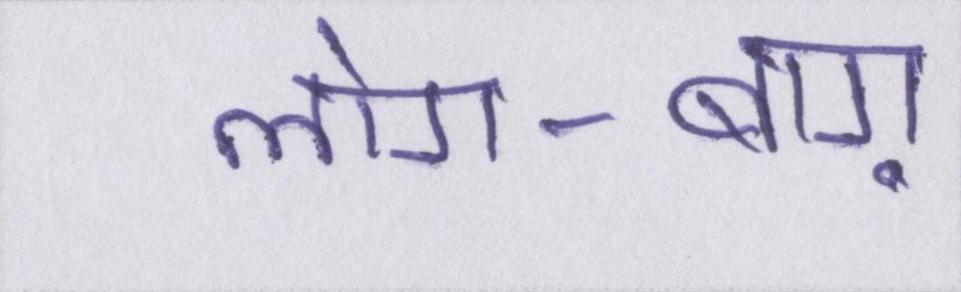
लोग-बाग़